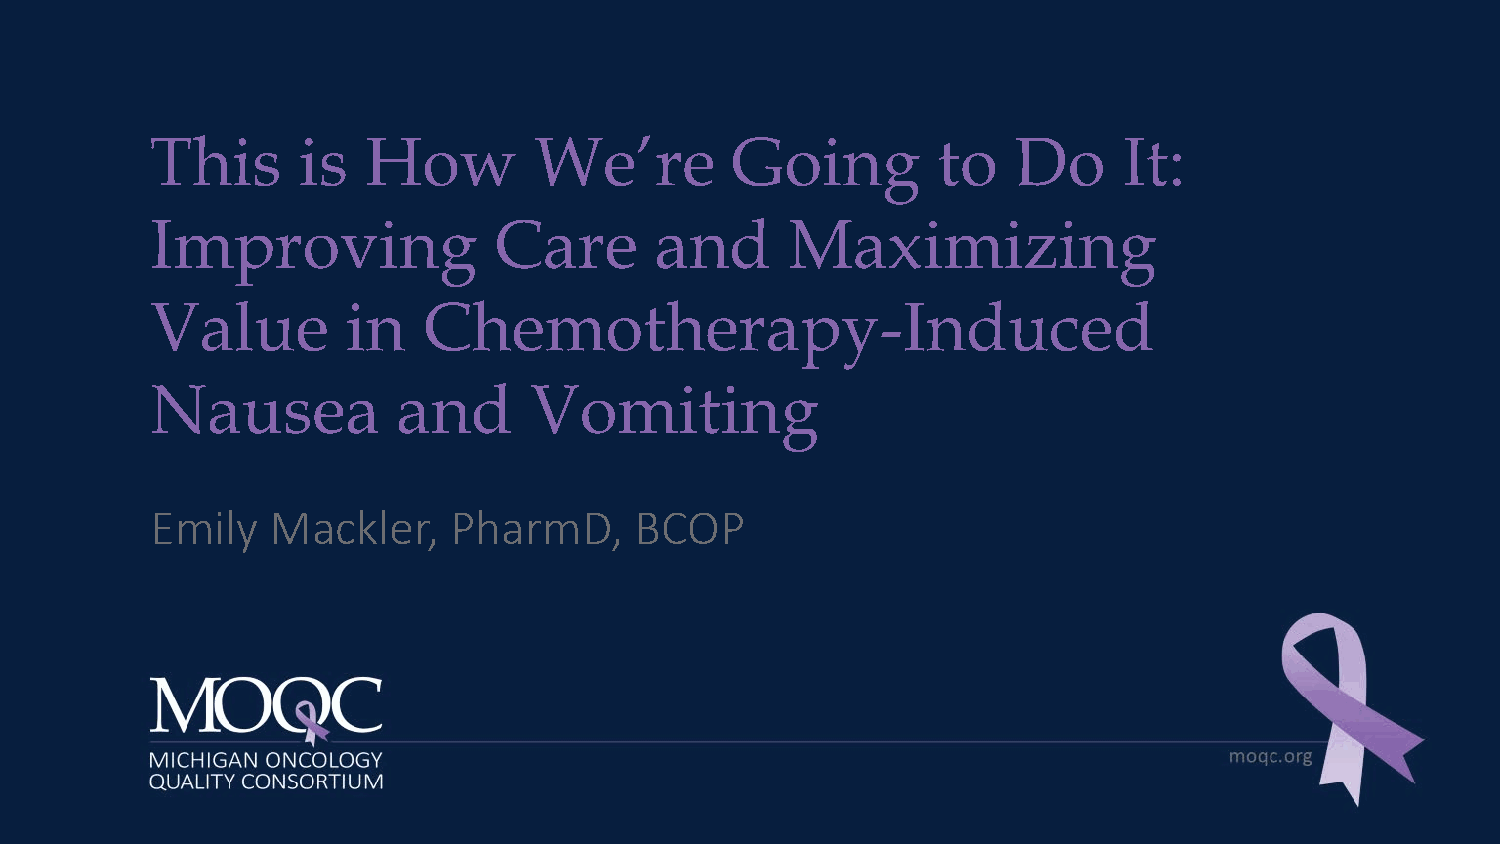
This      is  How        We’re        Going         to   Do     It:
 Improving              Care      and      Maximizing
 Value        in   Chemotherapy-Induced
 Nausea          and      Vomiting
 Emily   Mackler,    PharmD,     BCOP